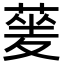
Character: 蓌